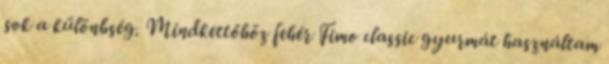
sok a különbség. Mindkettőhöz fehér Fimo classic gyurmát használtam